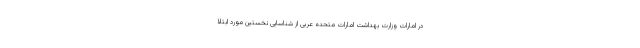
در امارات وزارت بهداشت امارات متحده عربی از شناسایی نخستین مورد ابتلا